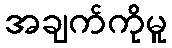
အချက်ကိုမူ